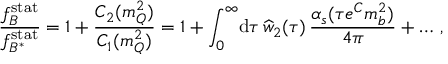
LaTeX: { \frac { f _ { B } ^ { \mathrm { s t a t } } } { f _ { B ^ { * } } ^ { \mathrm { s t a t } } } } = 1 + { \frac { C _ { 2 } ( m _ { Q } ^ { 2 } ) } { C _ { 1 } ( m _ { Q } ^ { 2 } ) } } = 1 + \int _ { 0 } ^ { \infty } \! \mathrm { d } \tau \, \widehat w _ { 2 } ( \tau ) \, { \frac { \alpha _ { s } ( \tau e ^ { C } m _ { b } ^ { 2 } ) } { 4 \pi } } + \dots \, ,